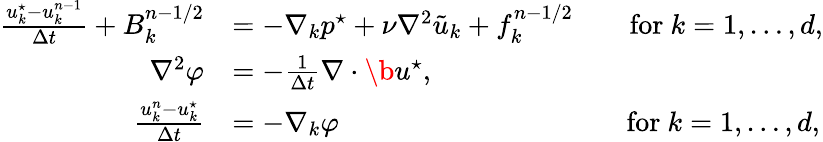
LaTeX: \begin{array}{rl}{\frac{u_{k}^{\star}-u_{k}^{n-1}}{\Delta t}+B_{k}^{n-1/2}}&{=-\nabla_{k}p^{\star}+\nu{\nabla}^{2}\tilde{u}_{k}+f_{k}^{n-1/2}\qquad\mathrm{for~}k=1,\dots,d,}\\ {{\nabla}^{2}\varphi}&{=-\frac{1}{\Delta t}\nabla\cdot\b u^{\star},}\\ {\frac{u_{k}^{n}-u_{k}^{\star}}{\Delta t}}&{=-{\nabla}_{k}\varphi\qquad\qquad\qquad\qquad\qquad\, \mathrm{for~}k=1,\dots,d,}\end{array}